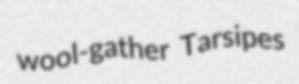
wool-gather Tarsipes